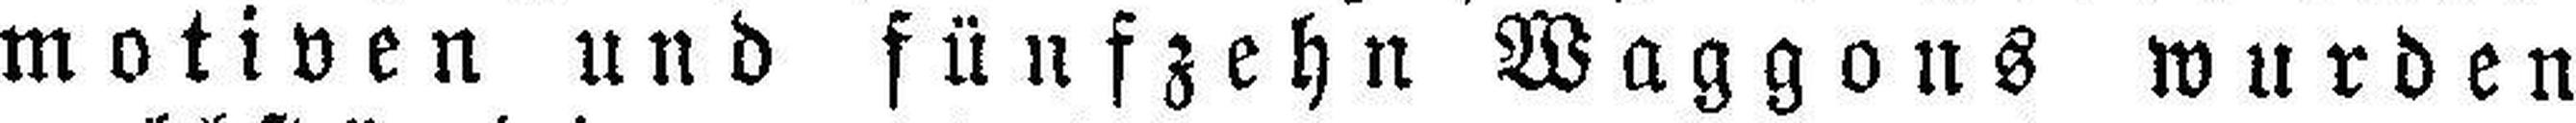
motiven und fünfzehn Waggons wurden